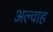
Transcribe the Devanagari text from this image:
अल्वाह